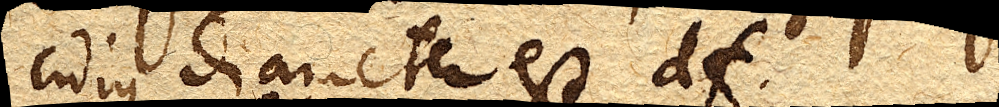
cujus diameter est df.